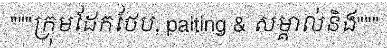
"""ក្រុមដែកថែប, paiting & សម្គាល់និង"""